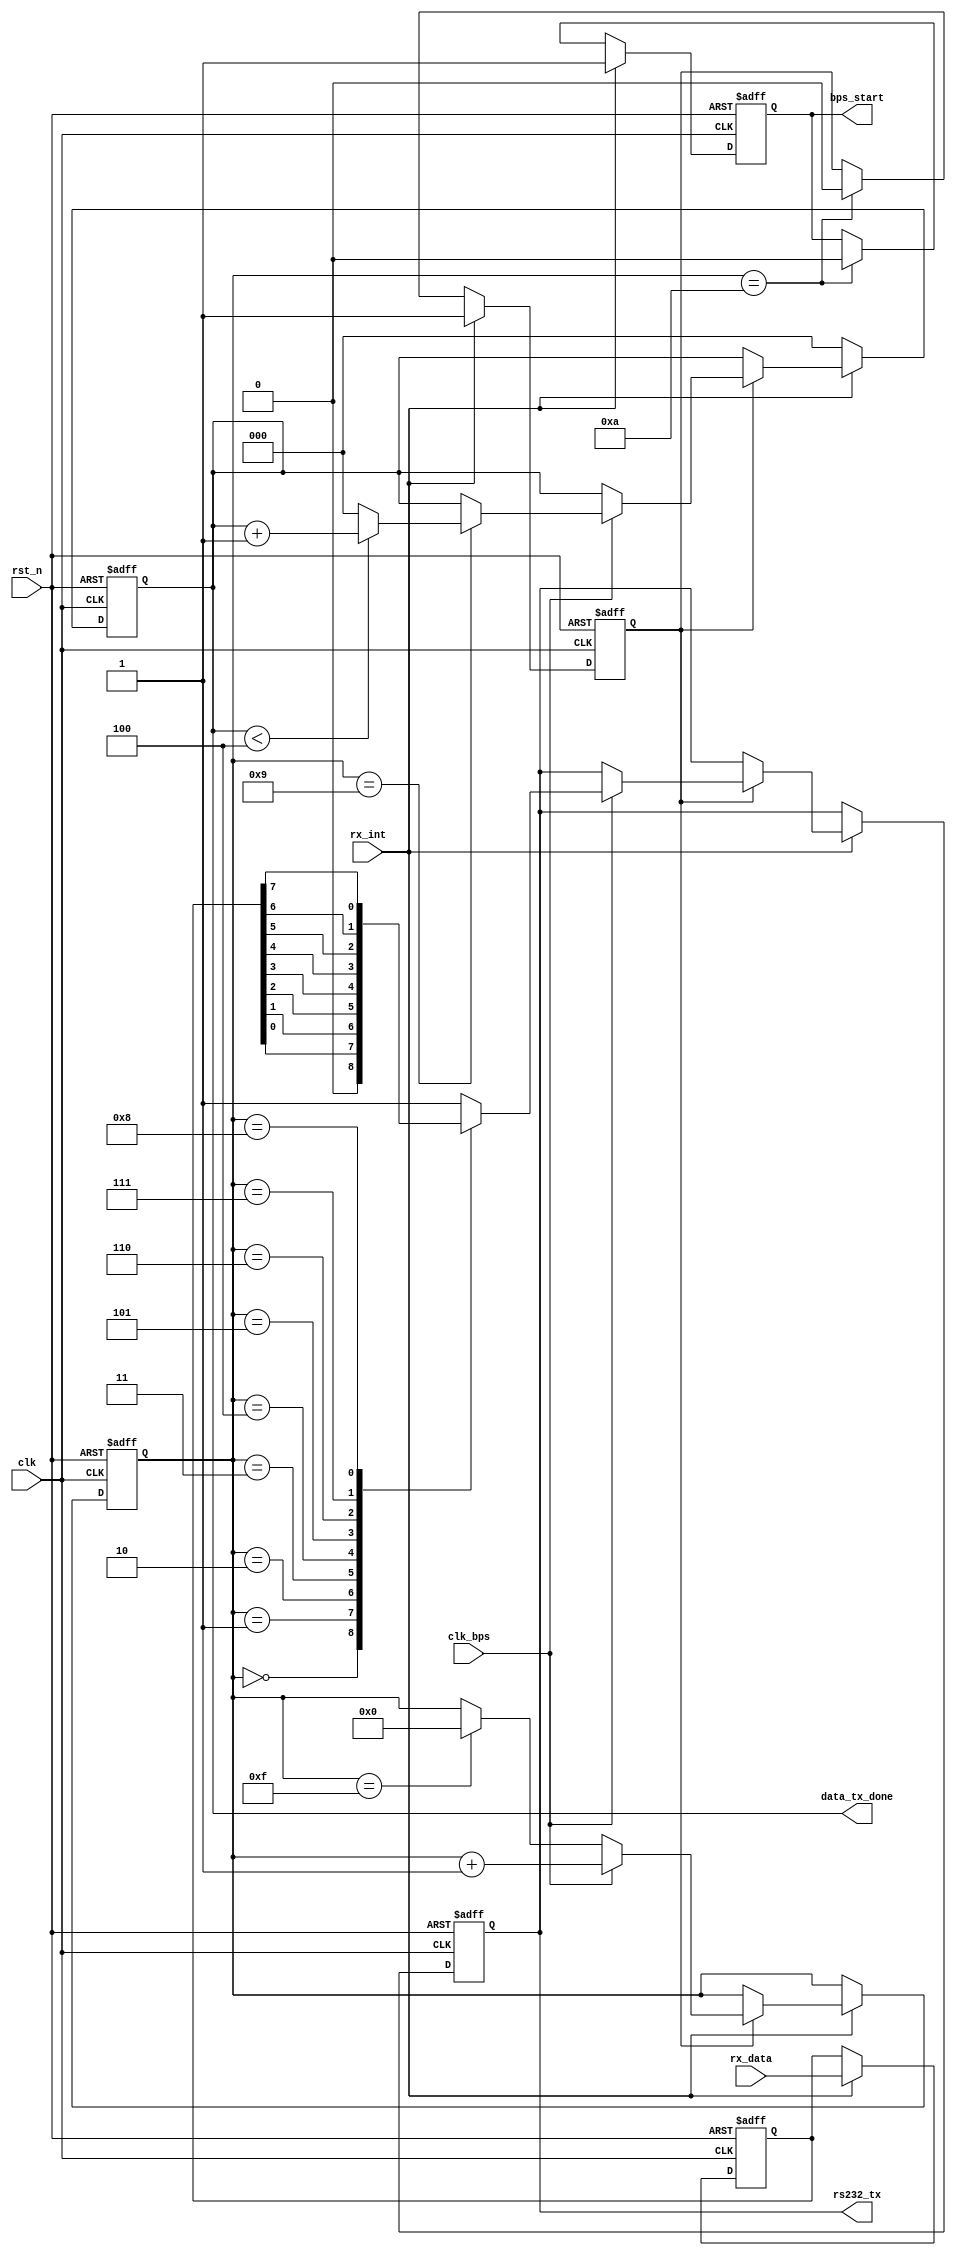
`timescale 1ns / 1ps
//////////////////////////////////////////////////////////////////////////////////
// Company: 
// Engineer: 
// 
// Design Name: 
// Module Name:    UART_PC 
// Project Name: 
// Target Devices: 
// Tool versions: 
// Description: 
//
// Dependencies: 
//
// Revision: 
// Revision 0.01 - File Created
// Additional Comments: 
//
//////////////////////////////////////////////////////////////////////////////////
module UART_PC(
	clk,rst_n,
	rx_data,rx_int,rs232_tx,
	clk_bps,bps_start,data_tx_done
			);

input clk;			// 50MHz
input rst_n;		//
input clk_bps;		// clk_bps_r,
input[7:0] rx_data;	//
input rx_int;		//
output rs232_tx;	// RS232
output bps_start;	//
output[2:0] data_tx_done;//

//---------------------------------------------------------
reg[7:0] tx_data;	//
//---------------------------------------------------------
reg bps_start_r;
reg tx_en;	//
reg[3:0] num;
reg[2:0] data_tx_done_r = 3'b0;

always @ (posedge clk or negedge rst_n) begin
	if(!rst_n) begin
			bps_start_r <= 1'bz;
			tx_en <= 1'b0;
			tx_data <= 8'd0;
		end
	else if(rx_int) begin	//
			bps_start_r <= 1'b1;
			tx_data <= rx_data;	//
			tx_en <= 1'b1;		//
		end
//	else if(!(rx_int)) begin
//			data_tx_done_r <= 3'b0;
//			end
	else if(num==4'd10) begin	//
			bps_start_r <= 1'b0;
			tx_en <= 1'b0;
		end
end

assign bps_start = bps_start_r;

//---------------------------------------------------------
reg rs232_tx_r;

always @ (posedge clk or negedge rst_n) begin
	if(!rst_n) begin
			num <= 4'd0;//10
			rs232_tx_r <= 1'b1;//
			data_tx_done_r <= 3'b0;
		end
	else if(!(rx_int)) begin
			data_tx_done_r <= 3'b0;
			end
	else if(tx_en) begin
			if(clk_bps)	begin
					num <= num+1'b1;
					case (num)
						4'd0: begin 
								rs232_tx_r <= 1'b0; 	//
								//data_tx_done_r <= 1'b0;
								end
						4'd1: rs232_tx_r <= tx_data[0];	//bit0
						4'd2: rs232_tx_r <= tx_data[1];	//bit1
						4'd3: rs232_tx_r <= tx_data[2];	//bit2
						4'd4: rs232_tx_r <= tx_data[3];	//bit3
						4'd5: rs232_tx_r <= tx_data[4];	//bit4
						4'd6: rs232_tx_r <= tx_data[5];	//bit5
						4'd7: rs232_tx_r <= tx_data[6];	//bit6
						4'd8: rs232_tx_r <= tx_data[7];	//bit7
						4'd9: begin
								rs232_tx_r <= 1'b1;	//
								if(data_tx_done_r<3'd4)	data_tx_done_r <= data_tx_done_r + 2'b1;
								else data_tx_done_r <= 0;
								end
					 	default: begin
									rs232_tx_r <= 1'b1;
									//data_tx_done_r <= 1'b0;
									end
					endcase
				end
			else if(num==4'd15) num <= 4'd0;	//
		end
end

assign rs232_tx = rs232_tx_r;
assign data_tx_done = data_tx_done_r;
endmodule